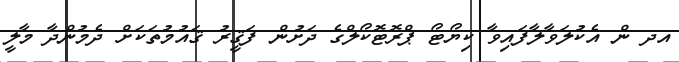
އދ ން އެކުލަވާލާފައިވާ ކިޔޯޓޯ ޕްރޮޓޮކޯލްގެ ދަށުން ފަޤީރު ޤައުމުތަކަށް ދެމުންދާ މާލީ